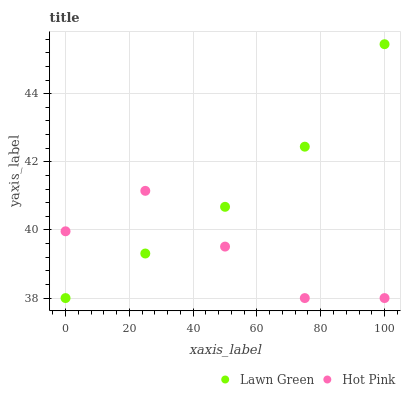
| xaxis_label | Lawn Green | Hot Pink |
 | --- | --- | --- |
 | 0 | 38 | 40 |
 | 25 | 39.3 | 41.1 |
 | 50 | 40.7 | 39.5 |
 | 75 | 42.4 | 38 |
 | 100 | 45.5 | 38 |